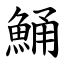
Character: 鯒